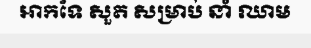
អាកទែ សួត សម្រាប់ នាំ ឈាម